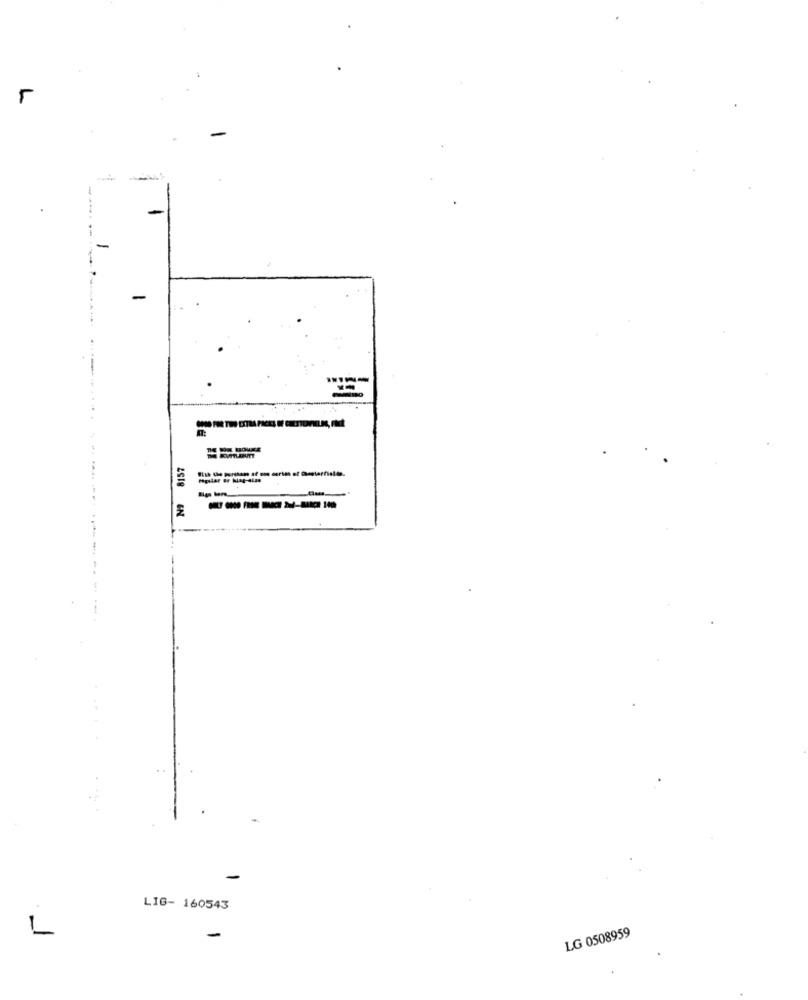
--
-
-
--------
-
LIG- 160543
LG 0508959
L
-